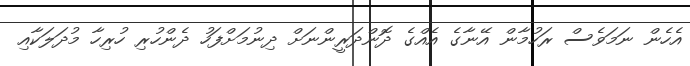
އެހެން ނަމަވެސް ރަހުމާން އޭނާގެ އެއްގެ ދޮންދަރީންނަށް ދިނުމަށްފަހު ދެންހުރި ހުރިހާ މުދަލަކާއި